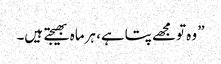
” وہ تومجھے پتاہے، ہرماہ بھیجتے ہیں۔